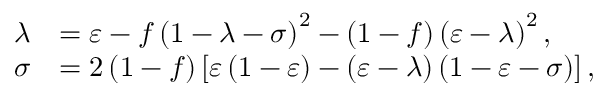
\begin{array} { r l } { \lambda } & { = \varepsilon - f \left( 1 - \lambda - \sigma \right) ^ { 2 } - \left( 1 - f \right) \left( \varepsilon - \lambda \right) ^ { 2 } , } \\ { \sigma } & { = 2 \left( 1 - f \right) \left[ \varepsilon \left( 1 - \varepsilon \right) - \left( \varepsilon - \lambda \right) \left( 1 - \varepsilon - \sigma \right) \right] , } \end{array}